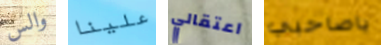
والس علينا اعتقالي ياصاحبي